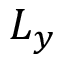
L _ { y }